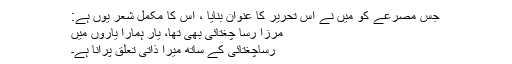
جس مصرعے کو میں نے اس تحریر کا عنوان بنایا ، اس کا مکمل شعر یوں ہے:
مرزا رسا ؔچغتائی بھی تھا، یار ہمارا یاروں میں
رساؔچغتائی کے ساتھ میرا ذاتی تعلق پرانا ہے۔